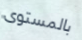
بالمستوى